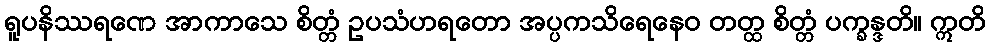
ရူပနိဿရဏေ အာကာသေ စိတ္တံ ဥပသံဟရတော အပ္ပကသိရေနေဝ တတ္ထ စိတ္တံ ပက္ခန္ဒတိ။ ဣတိ